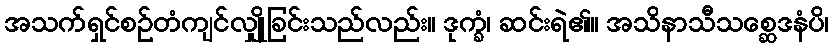
အသက်ရှင်စဉ်တံကျင်လျှိုခြင်းသည်လည်း။ ဒုက္ခံ၊ ဆင်းရဲ၏။ အသိနာသီသစ္ဆေဒနံပိ၊